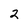
Character: 2